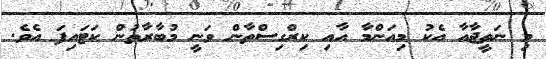
މި ނަތީޖާއާ އެކު މިއަންމާ އާއި ކިރްގިސްތާން ވަނީ މުބާރާތުން ކަޓައިފަ އެވެ.